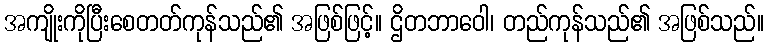
အကျိုးကိုပြီးစေတတ်ကုန်သည်၏ အဖြစ်ဖြင့်။ ဌိတဘာဝေါ၊ တည်ကုန်သည်၏ အဖြစ်သည်။